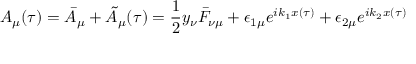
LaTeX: A _ { \mu } ( \tau ) = \bar { A } _ { \mu } + \tilde { A } _ { \mu } ( \tau ) = \frac { 1 } { 2 } y _ { \nu } \bar { F } _ { \nu \mu } + \epsilon _ { 1 \mu } e ^ { i k _ { 1 } x ( \tau ) } + \epsilon _ { 2 \mu } e ^ { i k _ { 2 } x ( \tau ) }